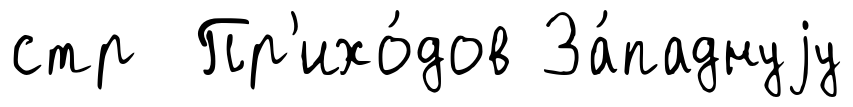
стр Пр'ихо́дов За́паднуjу